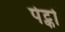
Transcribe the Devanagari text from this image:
पेट्को